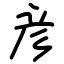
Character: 彦